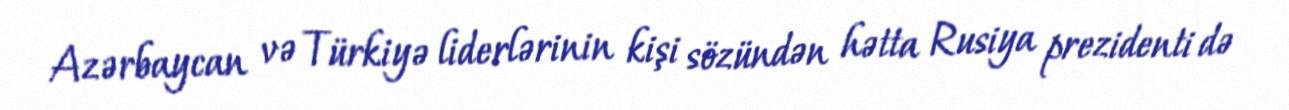
Azərbaycan və Türkiyə liderlərinin kişi sözündən hətta Rusiya prezidenti də